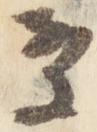
案